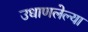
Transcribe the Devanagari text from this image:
उधाणलेल्‍या